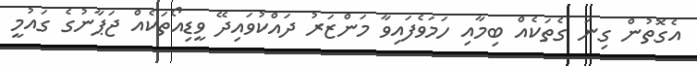
އެގޮތުން ގިނަ ގެތަކެއް ބިމާއި ހަމަވެފައިވާ މަންޒަރު ދައްކުވައިދޭ ވީޑިއޯތަކެއް ޖަޕާނުގެ ގައުމީ